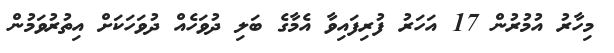
މިހާރު އުމުރުން 17 އަހަރު ފުރިފައިވާ އެމާގެ ބަލި ދުވަހެއް ދުވަހަކަށް އިތުރުވަމުން